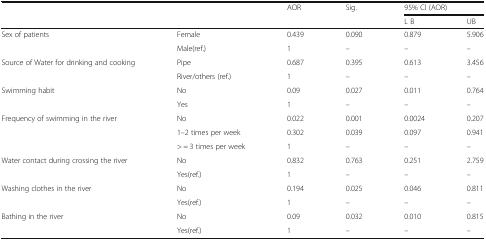
<table><thead><tr><td rowspan="2" colspan="2"></td><td rowspan="2"><b>AOR</b></td><td rowspan="2"><b>Sig.</b></td><td colspan="2"><b>95% CI (AOR)</b></td></tr><tr><td><b>L B</b></td><td><b>UB</b></td></tr></thead><tbody><tr><td rowspan="2">Sex of patients</td><td>Female</td><td>0.439</td><td>0.090</td><td>0.879</td><td>5.906</td></tr><tr><td>Male(ref.)</td><td>1</td><td>–</td><td>–</td><td>–</td></tr><tr><td rowspan="2">Source of Water for drinking and cooking</td><td>Pipe</td><td>0.687</td><td>0.395</td><td>0.613</td><td>3.456</td></tr><tr><td>River/others (ref.)</td><td>1</td><td>–</td><td>–</td><td>–</td></tr><tr><td rowspan="2">Swimming habit</td><td>No</td><td>0.09</td><td>0.027</td><td>0.011</td><td>0.764</td></tr><tr><td>Yes</td><td>1</td><td>–</td><td>–</td><td>–</td></tr><tr><td rowspan="3">Frequency of swimming in the river</td><td>No</td><td>0.022</td><td>0.001</td><td>0.0024</td><td>0.207</td></tr><tr><td>1–2 times per week</td><td>0.302</td><td>0.039</td><td>0.097</td><td>0.941</td></tr><tr><td>&gt; = 3 times per week</td><td>1</td><td>–</td><td>–</td><td>–</td></tr><tr><td rowspan="2">Water contact during crossing the river</td><td>No</td><td>0.832</td><td>0.763</td><td>0.251</td><td>2.759</td></tr><tr><td>Yes(ref.)</td><td>1</td><td>–</td><td>–</td><td>–</td></tr><tr><td rowspan="2">Washing clothes in the river</td><td>No</td><td>0.194</td><td>0.025</td><td>0.046</td><td>0.811</td></tr><tr><td>Yes(ref.)</td><td>1</td><td>–</td><td>–</td><td>–</td></tr><tr><td rowspan="2">Bathing in the river</td><td>No</td><td>0.09</td><td>0.032</td><td>0.010</td><td>0.815</td></tr><tr><td>Yes(ref.)</td><td>1</td><td>–</td><td>–</td><td>–</td></tr></tbody></table>